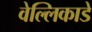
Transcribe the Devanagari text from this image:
वेल्लिकाडे